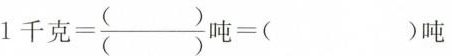
$$1 千 克 = \frac { ( ) } { ( ) } 吨 = ( ) 吨$$